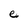
Character: e